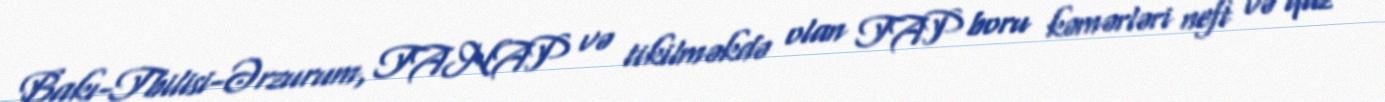
Bakı-Tbilisi-Ərzurum, TANAP və tikilməkdə olan TAP boru kəmərləri neft və qaz